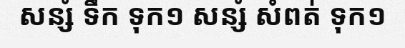
សន្សំ ទឹក ទុក១ សន្សំ សំពត់ ទុក១